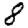
Digit: 8